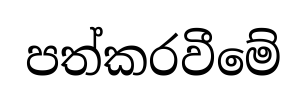
පත්කරවීමේ